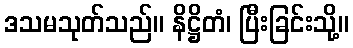
ဒသမသုတ်သည်။ နိဋ္ဌိတံ၊ ပြီးခြင်းသို့။